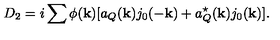
D _ { 2 } = i \sum { } \phi ( { \bf k } ) [ a _ { Q } ( { \bf k } ) j _ { 0 } ( - { \bf k } ) + a _ { Q } ^ { \star } ( { \bf k } ) j _ { 0 } ( { \bf k } ) ] .